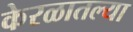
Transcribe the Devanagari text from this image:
केरळातल्या